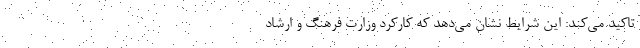
تاکید می‌کند: این شرایط نشان می‌دهد که کارکرد وزارت فرهنگ و ارشاد